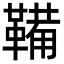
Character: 鞴